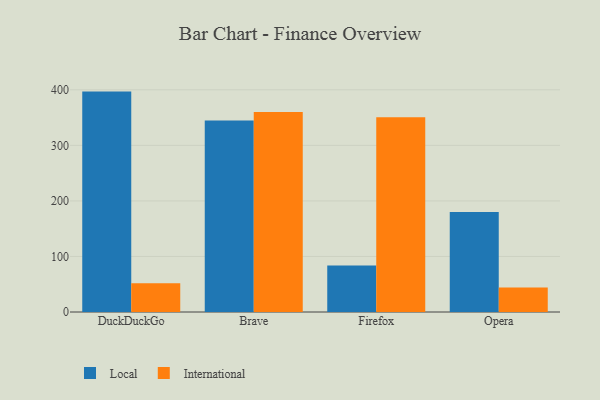
{"axis": {"x": "Browser", "y": "Backlog"}, "legend": ["International", "Local"], "data": [{"x": "DuckDuckGo", "y": 396.8, "type": "Local"}, {"x": "DuckDuckGo", "y": 51.9, "type": "International"}, {"x": "Brave", "y": 344.9, "type": "Local"}, {"x": "Brave", "y": 359.9, "type": "International"}, {"x": "Firefox", "y": 83.8, "type": "Local"}, {"x": "Firefox", "y": 350.5, "type": "International"}, {"x": "Opera", "y": 180.0, "type": "Local"}, {"x": "Opera", "y": 44.0, "type": "International"}]}